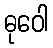
ဓုဝေါ